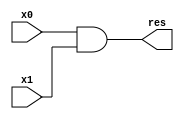
`timescale 1ns / 1ps

module my_and(
    input x0,
    input x1,
    output res
);

    wire nand_x0_x1;
    nand(nand_x0_x1, x0, x1);
    
    nand(res, nand_x0_x1, nand_x0_x1);
    
endmodule